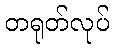
တရုတ်လုပ်